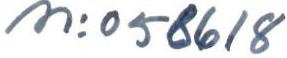
n:o 58618